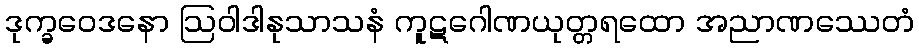
ဒုက္ခဝေဒနော ဩဝါဒါနုသာသနံ ကူဋဂေါဏယုတ္တရထော အညာဏဿေတံ